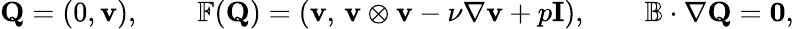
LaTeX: \mathbf{Q}=\left(0,\mathbf{v}\right),\qquad\mathbb{F}(\mathbf{Q})=\left(\mathbf{v},\, \mathbf{v}\otimes\mathbf{v}-\nu\nabla\mathbf{v}+p\mathbf{I}\right),\qquad\mathbb{B}\cdot\nabla\mathbf{Q}=\mathbf{0},